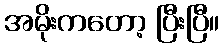
အမိုးကတော့ ပြီးပြီ။